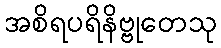
အစိရပရိနိဗ္ဗုတေသု